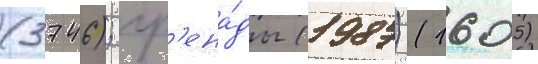
(3746); гр'ена́ды (1987) (1605)